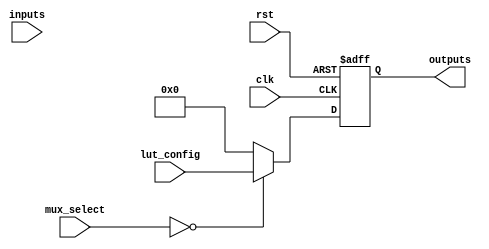
module CLB (
    input wire [3:0] inputs,           // Input ports (4-bit)
    input wire [3:0] lut_config,       // LUT configuration for 4-input LUT
    input wire [1:0] mux_select,       // MUX selection
    input wire clk,                     // Clock for flip-flops
    input wire rst,                     // Reset signal
    output wire [3:0] outputs           // Output ports (4-bit)
);

// Lookup Table (LUT)
reg [15:0] lut;                         // 4-input LUT with 16 possible combinations
always @(*) begin
    lut = lut_config;                   // Load LUT configuration
end

// MUX for selecting between LUT outputs
wire [3:0] mux_out;
assign mux_out = (mux_select == 2'b00) ? lut[3:0] :
                 (mux_select == 2'b01) ? lut[7:4] :
                 (mux_select == 2'b10) ? lut[11:8] :
                 lut[15:12];               // Default case

// Flip-Flops for optional storage of intermediate results
reg [3:0] ff_out;
always @(posedge clk or posedge rst) begin
    if (rst) begin
        ff_out <= 4'b0000;              // Reset output
    end else begin
        ff_out <= mux_out;              // Store MUX output
    end
end

// Assign output ports
assign outputs = ff_out;                // 4-bit output from flip-flops

endmodule